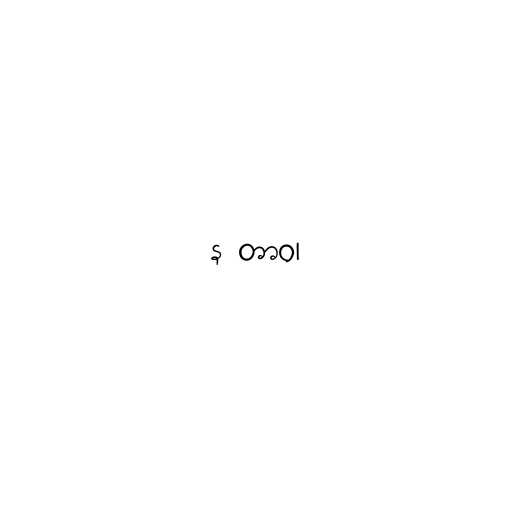
န တာဝ၊